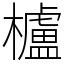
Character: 櫨